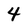
Character: 4